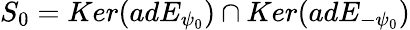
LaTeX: S_{0}=Ker(adE_{\psi_{0}})\cap Ker(adE_{-\psi_{0}})